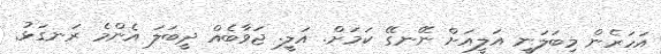
އަހަރެން މިބަލަނީ އަލީއަށް ނޭނގޭ ކަމަށް. އަލީ. ޖަވާބެއް ދީބަލަ އެންމެ ރަނގަޅު